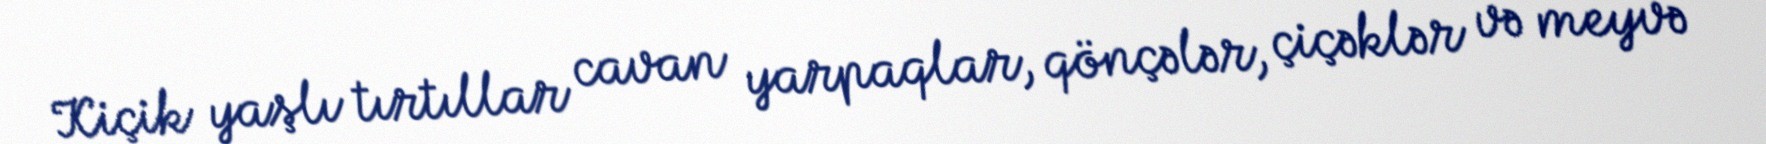
Kiçik yaşlı tırtıllar cavan yarpaqlar, qönçələr, çiçəklər və meyvə